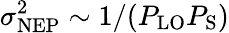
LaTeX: \sigma_{\mathrm{NEP}}^{2}\sim 1/(P_{\mathrm{LO}}P_{\mathrm{S}})